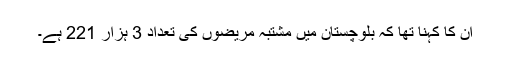
ان کا کہنا تھا کہ بلوچستان میں مشتبہ مریضوں کی تعداد 3 ہزار 221 ہے۔